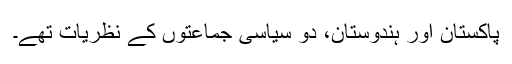
پاکستان اور ہندوستان، دو سیاسی جماعتوں کے نظریات تھے۔